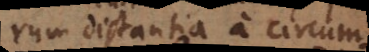
rum distantia a circum